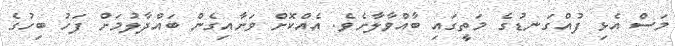
މަސް އެޅި ފުއްގަނޑުގެ މަތީގައި ބާއްވާލާށެވެ. އެއްކޮށް ވަށާއިގެން ބައްދާލުމަށް ފަހު ބިހުގެ